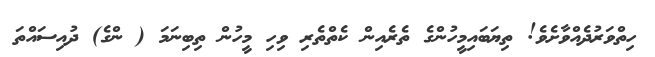
ހިތްވަރުދެއްވާށެވެ! ތިޔަބައިމީހުންގެ ތެރެއިން ކެތްތެރި ވިހި މީހުން ތިބިނަމަ ( ންގެ) ދުއިސައްތަ